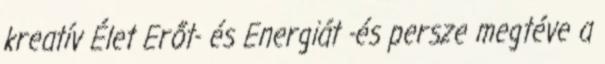
kreatív Élet Erőt- és Energiát -és persze megtéve a